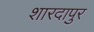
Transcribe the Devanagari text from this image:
शारदापुर